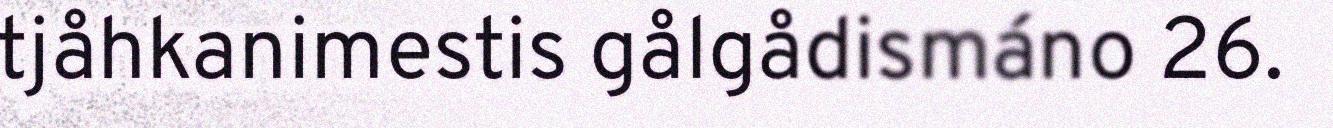
tjåhkanimestis gålgådismáno 26.